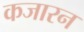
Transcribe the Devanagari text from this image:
कजारन